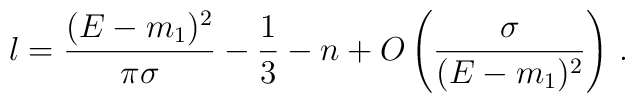
l = \frac{(E-m_1)^2}{\pi\sigma} - \frac{1}{3} - n+ O\left(\frac{\sigma}{(E-m_1)^2}\right) \,.